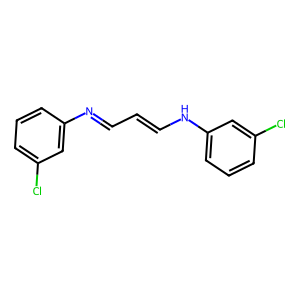
SMILES: Clc1cccc(N=CC=CNc2cccc(Cl)c2)c1
Inhibits HIV replication: No